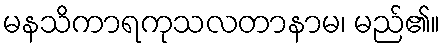
မနသိကာရကုသလတာနာမ၊ မည်၏။